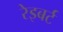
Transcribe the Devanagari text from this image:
रेइबर्ट